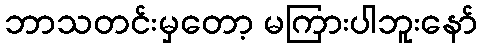
ဘာသတင်းမှတော့ မကြားပါဘူးနော်